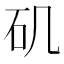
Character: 矶